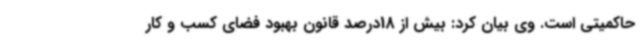
حاکمیتی است. وی بیان کرد: بیش از 18درصد قانون بهبود فضای کسب و کار